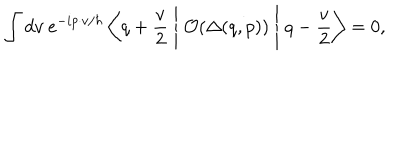
\int d v ~ e ^ { - i p \cdot v / \hbar } \left< q + \frac { v } { 2 } \Biggm | { \cal O } ( \Delta ( q , p ) ) \Biggm | q - \frac { v } { 2 } \right> = 0 ,